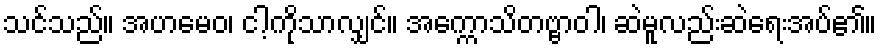
သင်သည်။ အဟမေဝ၊ ငါ့ကိုသာလျှင်။ အက္ကောသိတဗ္ဗာဝါ၊ ဆဲမူလည်းဆဲရေးအပ်၏။